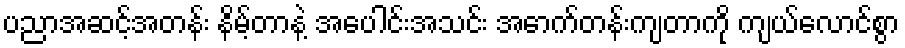
ပညာအဆင့်အတန်း နိမ့်တာနဲ့ အပေါင်းအသင်း အောက်တန်းကျတာကို ကျယ်လောင်စွာ